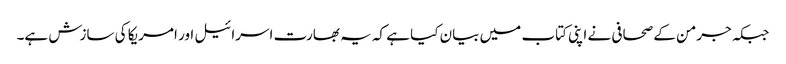
جبکہ جرمن کے صحافی نے اپنی کتاب میں بیان کیا ہے کہ یہ بھارت اسرائیل اور امریکا کی سازش ہے۔